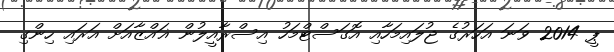
ޕީ 2014 ވަނަ އަހަރުގެ ޖުލައިމަހާއި އޮގަސްޓްމަހު އިސްރާއީލުން ޣައްޒާއަށް އަރައި ހިންގި